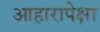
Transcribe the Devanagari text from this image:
आहारापेक्षा